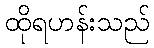
ထိုရဟန်းသည်